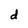
Character: d